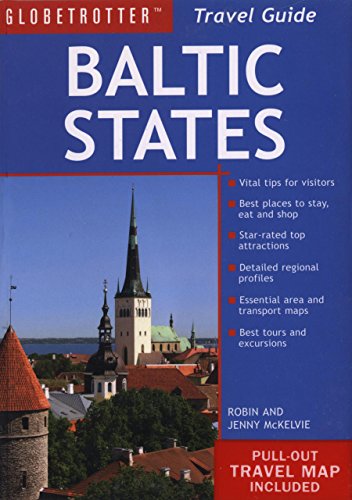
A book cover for Baltic States Travel Pack (Globetrotter Travel Packs); Globetrotter; Travel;